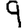
Digit: 9